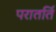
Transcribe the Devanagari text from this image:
परातर्ति